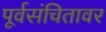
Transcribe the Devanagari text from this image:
पूर्वसंचितावर